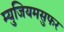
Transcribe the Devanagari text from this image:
म्युजियमसुफर